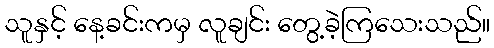
သူနှင့် နေ့ခင်းကမှ လူချင်း တွေ့ခဲ့ကြသေးသည်။